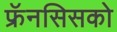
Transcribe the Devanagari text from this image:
फ्रॅनसिसको